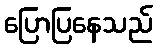
ပြောပြနေသည်